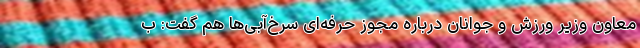
معاون وزیر ورزش و جوانان درباره مجوز حرفه‌ای سرخ‌آبی‌ها هم گفت: ب